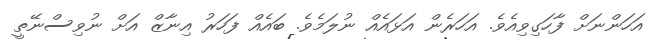
އަހަންނަށް ފާހަގިވިއެވެ. އަހަރެން އަޅައެއް ނުލަމެވެ. ބައެއް ފަހަރު އިނާޒް އަށް ނުވިސްނޭތީ